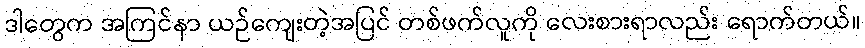
ဒါတွေက အကြင်နာ ယဉ်ကျေးတဲ့အပြင် တစ်ဖက်လူကို လေးစားရာလည်း ရောက်တယ်။